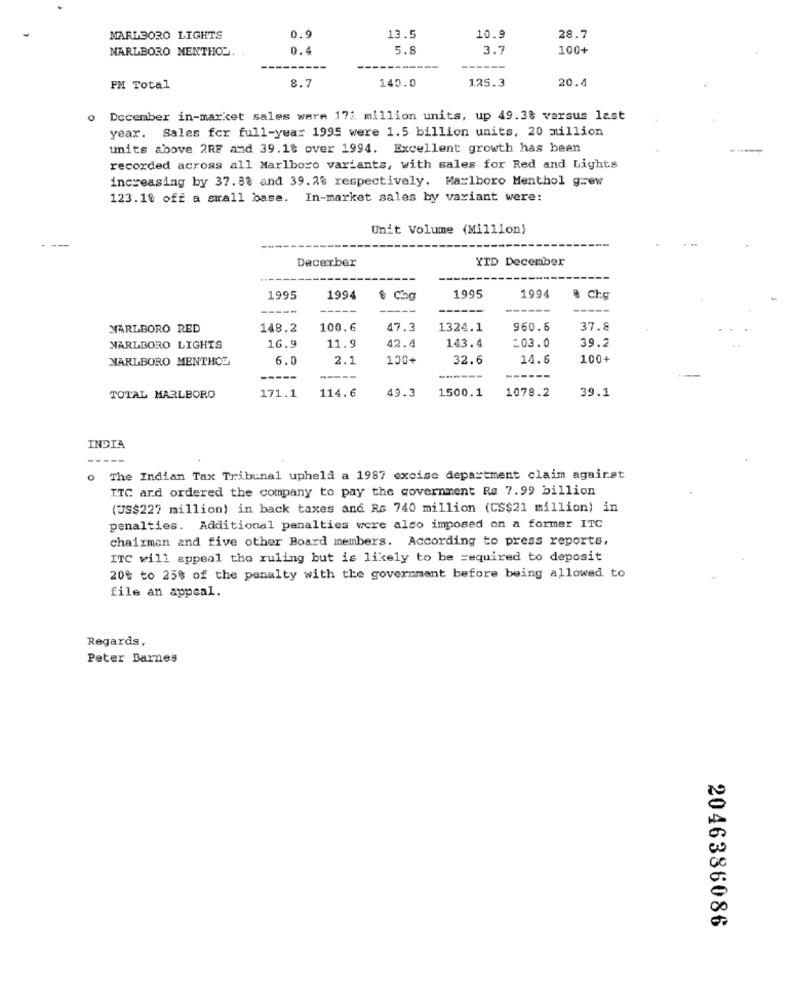
MARLBORO LIGHTS
0.9
13.5
10.9
28.7
MARLBORO MENTHOL.
0.4
5.8
3.
100+
8.7
140.0
125.3
20.4
FM Total
0
December in-market sales were 171 million units, up 49.3% versus last
year. Sales for full-year 1995 were 1.5 billion units, 20 million
units above 2RF and 39.18 over 1994. Excellent growth has been
recorded across all Marlboro variants, with sales for Red and Lights
increasing by 37.8% and 39.2% respectively. Marlboro Menthol grew
123.1% off a small base. In-market sales by variant were:
Unit Volume (Million)
Decerber
YID December
1995
1994
1995
1994
& Chg
----
MARLBORO RED
148.2
100.6
47.3
1324.1
960.6
37.8
39.2
MARLBORO LIGHTS
16.9
11.9
42.4
143.4
=03.0
MARLBORO MENTHOL
6.0
2.1
100+
32.6
14.6
100+
-----
------
171.1
49.3
1500.1
1078.2
39.1
TOTAL MARLBORO
114.6
INDIA
The Indian Tax Tribunal upheld a 1987 excise department claim against
ITC ard ordered the company to pay the government Re 7.99 billion
(US$227 million) in back taxes and Rs 740 million (CS$21 million) in
penalties. Additional penalties were also imposed on a former ITC
chairman and five other Board members. According to press reports,
ITC will appeal the ruling but is likely to be required to deposit
20% to 25% of the penalty with the government before being allowed to
file an appeal.
Regards,
Peter Barnes
2046386086